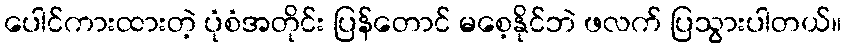
ပေါင်ကားထားတဲ့ ပုံစံအတိုင်း ပြန်တောင် မစေ့နိုင်ဘဲ ဖလက် ပြသွားပါတယ်။